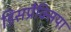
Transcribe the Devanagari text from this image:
डिसप्रैक्सिया